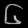
Digit: ၆